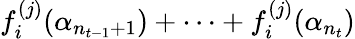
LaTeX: f_{i}^{(j)}(\alpha_{n_{t-1}+1})+\cdots+f_{i}^{(j)}(\alpha_{n_{t}})